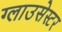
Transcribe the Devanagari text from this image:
ग्लाउसेस्टर